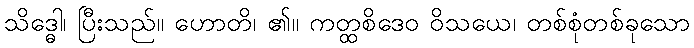
သိဒ္ဓေါ၊ ပြီးသည်။ ဟောတိ၊ ၏။ ကတ္ထစိဒေဝ ဝိသယေ၊ တစ်စုံတစ်ခုသော